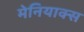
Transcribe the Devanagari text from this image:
मेनियाक्स